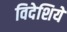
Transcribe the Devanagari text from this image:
विदेशियें